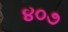
૪૦૭